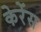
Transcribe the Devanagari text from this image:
केरेंस